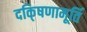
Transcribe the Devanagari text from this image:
दकि्षणामूर्ति